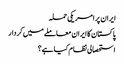
ایران پر امریکی حملہ
پاکستان کا ایران معاملے میں کردار
استحصالی نظام کیا ہے؟